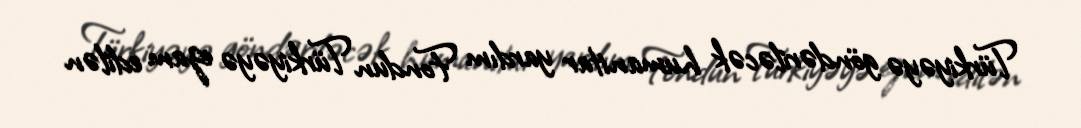
Türkiyəyə göndəriləcək humanitar yardım Fondun Türkiyəyə ezam edilən